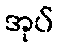
အုပ်